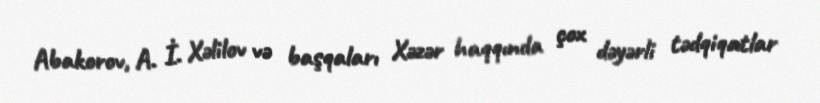
Abakorov, A. İ. Xəlilov və başqaları Xəzər haqqında çox dəyərli tədqiqatlar